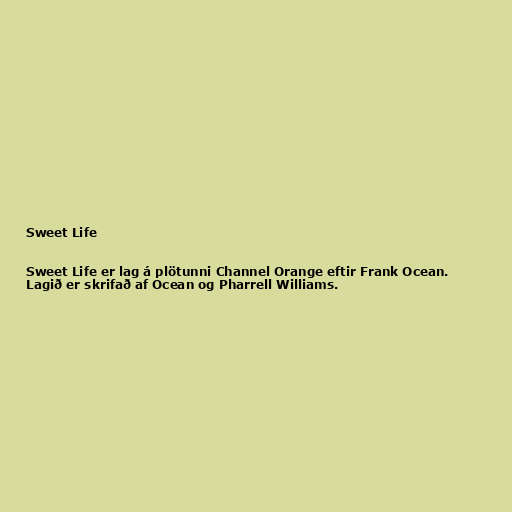
Sweet Life

Sweet Life er lag á plötunni Channel Orange eftir Frank Ocean.
Lagið er skrifað af Ocean og Pharrell Williams.